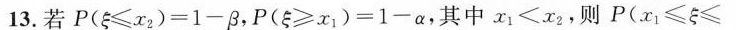
13. 若 $$P ( ξ ≤ x _ { 2 } ) = 1 - β$$，$$P ( ξ ≥ x _ { 1 } ) = 1 - α$$，其中$$x _ { 1 } < x _ { 2 }$$，则$$P ( x _ { 1 } ≤ ξ ≤